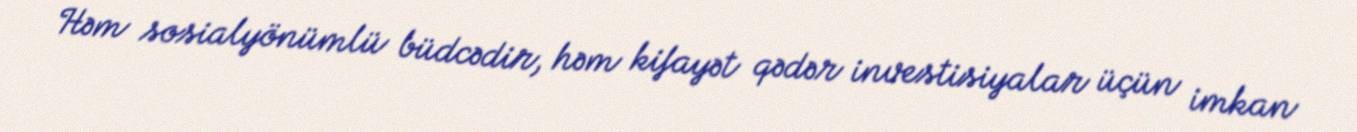
Həm sosialyönümlü büdcədir, həm kifayət qədər investisiyalar üçün imkan